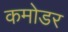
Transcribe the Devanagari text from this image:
कमोडर